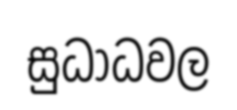
සුධාධවල